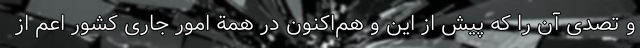
و تصدی آن را که پیش از این و هم‌اکنون در همة امور جاری کشور اعم از